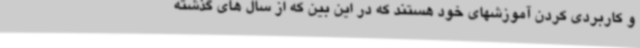
و کاربردی کردن آموزشهای خود هستند که در این بین که از سال های گذشته